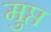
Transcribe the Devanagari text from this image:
मुप्त